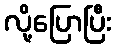
လို့ပြောပြီး